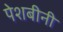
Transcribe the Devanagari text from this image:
पेशबीनी